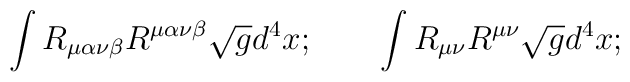
\int R_{\mu\alpha\nu\beta}R^{\mu\alpha\nu\beta}\sqrt{g}d^{4}x;   \qquad\int R_{\mu\nu}R^{\mu\nu}\sqrt{g}d^{4}x;